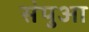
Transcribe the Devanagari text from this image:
संपुआ